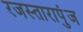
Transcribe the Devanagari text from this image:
रजस्तारापुंज